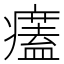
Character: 𤻜